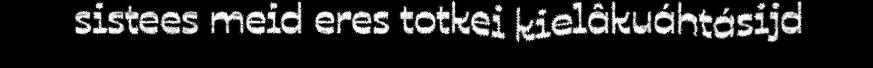
sistees meid eres totkei kielâkuáhtásijd